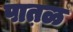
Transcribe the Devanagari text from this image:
पात़ळ